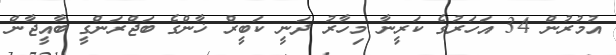
އުމުރުން 34 އަހަރުގެ ކަރީނާ މިހާރު ދަނީ ކަބީރް ޚާންގެ ބަޖްރަންގީ ބާއީޖާން